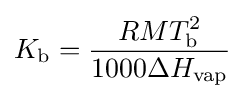
K_{\text{b}}={\frac {RMT_{\text{b}}^{2}}{1000\Delta H_{\text{vap}}}}